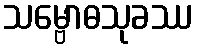
သမ္ဗောဓသုခဿ